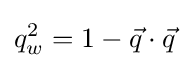
q_{w}^{2}=1-{\vec {q}}\cdot {\vec {q}}